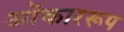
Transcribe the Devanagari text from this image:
ओंकाररूप